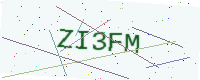
Text: ZI3FM